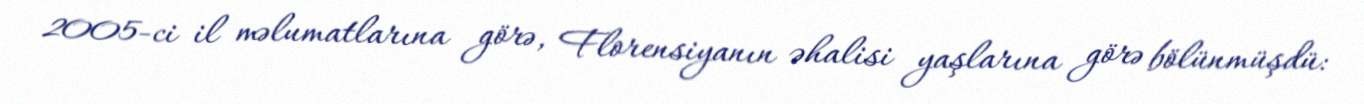
2005-ci il məlumatlarına görə, Florensiyanın əhalisi yaşlarına görə bölünmüşdü: